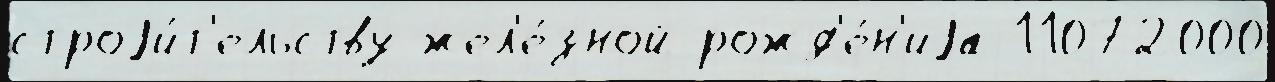
строjи́т'ельству жел'е́зной рожд'е́н'иjа 11072000